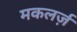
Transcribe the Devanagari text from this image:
मकलर्ज़